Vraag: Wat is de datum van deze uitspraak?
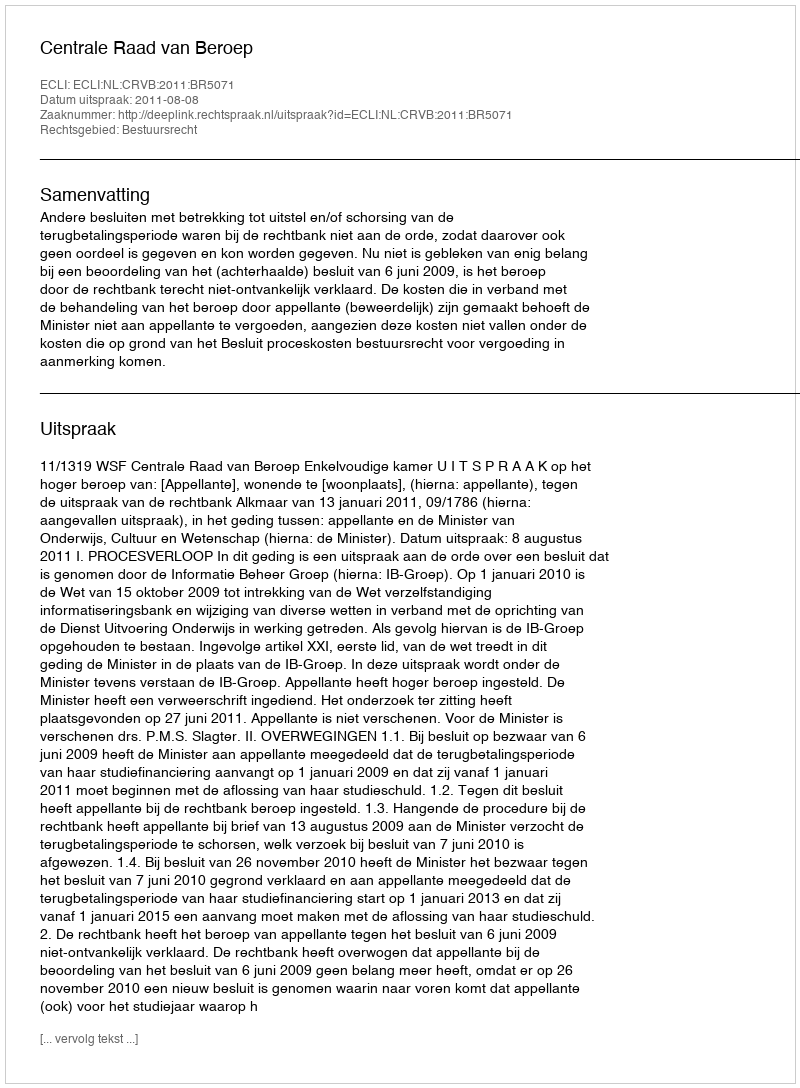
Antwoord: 2011-08-08